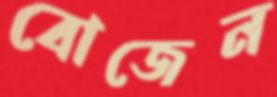
বোজেন